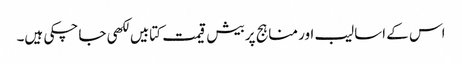
اس کے اسالیب اور مناہج پر بیش قیمت کتابیں لکھی جا چکی ہیں۔